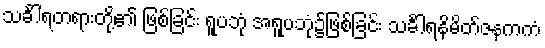
သင်္ခါရတရားတို့၏ ဖြစ်ခြင်း ရူပဘုံ အရူပဘုံ၌ဖြစ်ခြင်း သင်္ခါရနိမိတ်ဇနကကံ